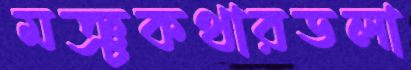
মঞ্চকথারডলা